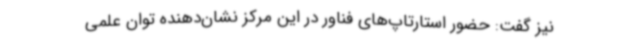
نیز گفت: حضور استارتاپ‌های فناور در این مرکز نشان‌دهنده توان علمی